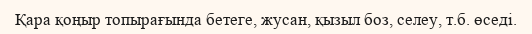
Қара қоңыр топырағында бетеге, жусан, қызыл боз, селеу, т.б. өседі.